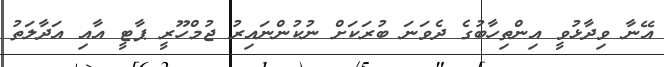
އޭނާ ވިދާޅުވީ އިންތިހާބުގެ ދެވަނަ ބުރަކަށް ނުކުންނައިރު ޖުމްހޫރީ ޕާޓީ އާއި އަދާލަތު